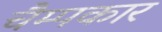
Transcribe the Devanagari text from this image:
चैम्पकार